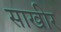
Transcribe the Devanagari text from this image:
साखीर